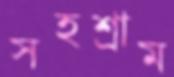
সহশ্রাম